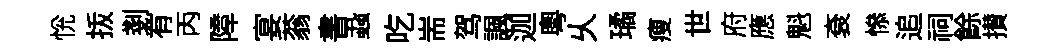
恱㧞剗有丙障宴蓊書蝨吃耑驾諷迦粤乆璚瘦世府應魁袞𢡖追祠餘攅